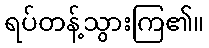
ရပ်တန့်သွားကြ၏။